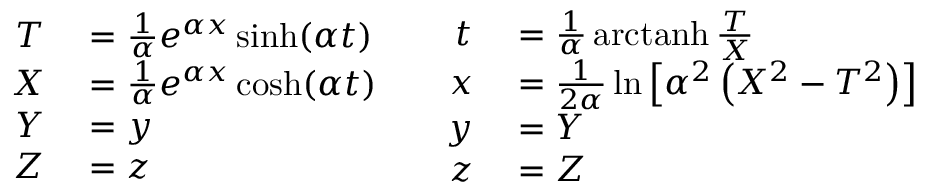
\begin{array} { c c } { { \begin{array} { r l } { T } & { { } = { \frac { 1 } { \alpha } } e ^ { \alpha x } \sinh ( \alpha t ) } \\ { X } & { { } = { \frac { 1 } { \alpha } } e ^ { \alpha x } \cosh ( \alpha t ) } \\ { Y } & { { } = y } \\ { Z } & { { } = z } \end{array} } } & { { \begin{array} { r l } { t } & { { } = { \frac { 1 } { \alpha } } \operatorname { a r c t a n h } { \frac { T } { X } } } \\ { x } & { { } = { \frac { 1 } { 2 \alpha } } \ln \left[ \alpha { } ^ { 2 } \left( X ^ { 2 } - T ^ { 2 } \right) \right] } \\ { y } & { { } = Y } \\ { z } & { { } = Z } \end{array} } } \end{array}